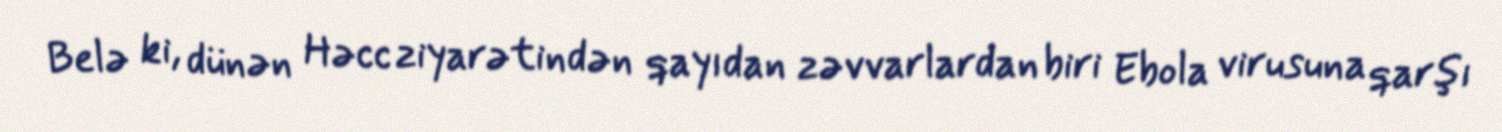
Belə ki, dünən Həcc ziyarətindən qayıdan zəvvarlardan biri Ebola virusuna qarşı